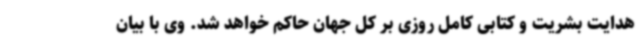
هدایت بشریت و کتابی کامل روزی بر کل جهان حاکم خواهد شد. وی با بیان